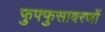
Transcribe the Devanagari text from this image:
फुफ्फुसावरणों